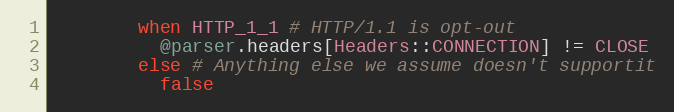
Language: Ruby
        when HTTP_1_1 # HTTP/1.1 is opt-out
          @parser.headers[Headers::CONNECTION] != CLOSE
        else # Anything else we assume doesn't supportit
          false